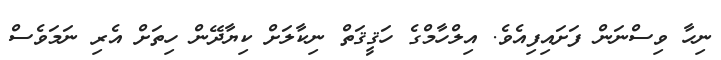
ނިހާ ވިސްނަން ފަށައިފިއެވެ. އިލްހާމްގެ ހަޤީޤަތް ނިކާލަށް ކިޔާދޭން ހިތަށް އެރި ނަމަވެސް